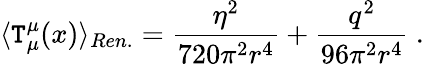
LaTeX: \langle\mathtt{T}_{\mu}^{\mu}(x)\rangle_{Ren.}=\frac{{\eta^{2}}}{{720\pi^{2}r^{4}}}+\frac{{q^{2}}}{{96\pi^{2}r^{4}}}\ .